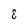
Character: 8